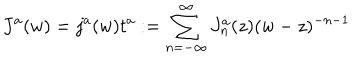
J ^ { a } ( w ) = j ^ { a } ( w ) t ^ { a } : = \sum _ { n = - \infty } ^ { \infty } J _ { n } ^ { a } ( z ) ( w - z ) ^ { - n - 1 }